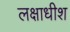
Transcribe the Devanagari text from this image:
लक्षाधीश